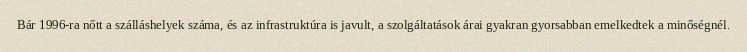
Bár 1996-ra nőtt a szálláshelyek száma, és az infrastruktúra is javult, a szolgáltatások árai gyakran gyorsabban emelkedtek a minőségnél.